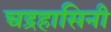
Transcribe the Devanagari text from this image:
चद्रहासिनी